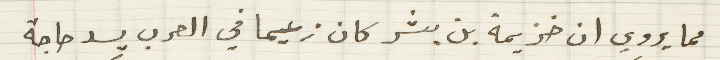
مما يروي ان خزيمة بن بشر كان زعيما في العرب يسد حاجة